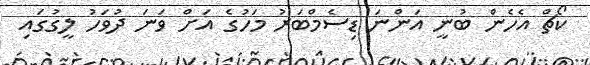
ކޯޗް އެހެން ބުނީ އަންނަ ޑިސެމްބަރު މަހުގެ އަށް ވަނަ ދުވަހު ލީގުގައި